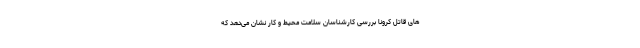
های قاتل‌ کرونا بررسی‌ کارشناسان سلامت محیط و کار نشان می‌دهد که